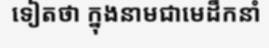
ទៀតថា ក្នុងនាមជាមេដឹកនាំ